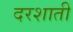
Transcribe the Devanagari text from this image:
दरशाती